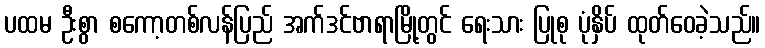
ပထမ ဦးစွာ စကော့တစ်လန်ပြည် အက်ဒင်ဗာရာမြို့တွင် ရေးသား ပြုစု ပုံနှိပ် ထုတ်ဝေခဲ့သည်။